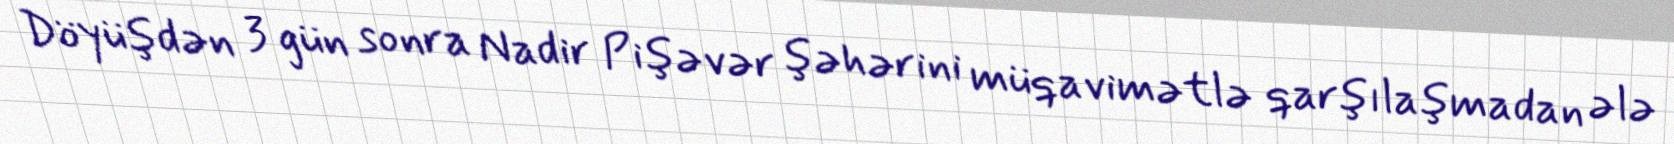
Döyüşdən 3 gün sonra Nadir Pişəvər şəhərini müqavimətlə qarşılaşmadan ələ